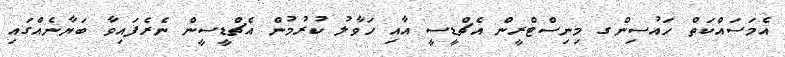
އެމަސައްކަތް ހައުސިންގ މިނިސްޓްރީން އެޗްޑީސީ އާއި ހަވާލު ކުރުމުން އެޗްޑީސީން ނެރެފައިވާ ބަޔާނެއްގައި